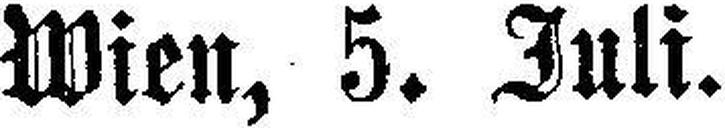
Wien, 5. Juli.